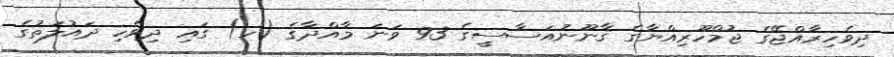
ދިވެހިރާއްޖޭގެ ޖުމްހޫރިއްޔާގެ ޤާނޫނުއަސާސީގެ 93 ވަނަ މާއްދާގެ (ހ) ގައި ދިވެހި ދައުލަތުގެ